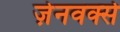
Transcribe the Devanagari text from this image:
ज़ेनवर्क्स